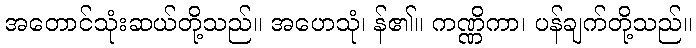
အတောင်သုံးဆယ်တို့သည်။ အဟေသုံ၊ န်၏။ ကဏ္ဏိကာ၊ ပန်ချက်တို့သည်။